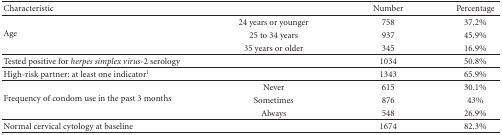
| Characteristic |  | Number | Percentage |
 | --- | --- | --- | --- |
 | <ROWSPAN=3> Age | 24 years or younger | 758 | 37.2% |
 | 25 to 34 years | 937 | 45.9% |
 | 35 years or older | 345 | 16.9% |
 | Tested positive for herpes simplex virus-2 serology |  | 1034 | 50.8% |
 | High-risk partner: at least one indicator1 |  | 1343 | 65.9% |
 | <ROWSPAN=3> Frequency of condom use in the past 3 months | Never | 615 | 30.1% |
 | Sometimes | 876 | 43% |
 | Always | 548 | 26.9% |
 | Normal cervical cytology at baseline |  | 1674 | 82.3% |